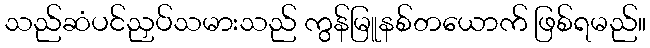
သည်ဆံပင်ညှပ်သမားသည် ကွန်မြူနစ်တယောက် ဖြစ်ရမည်။